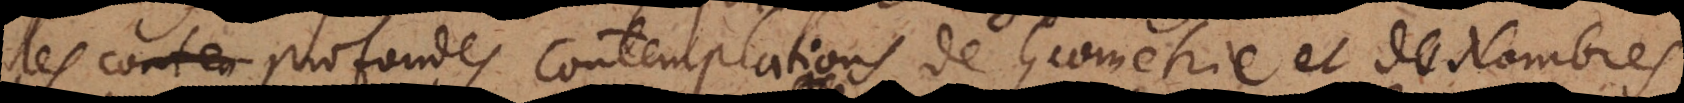
les contem profondes contemplations de Geometrie où